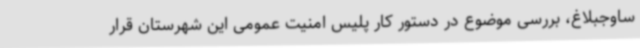
ساوجبلاغ، بررسی موضوع در دستور کار پلیس امنیت عمومی این شهرستان قرار